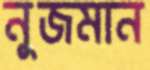
নুজমান